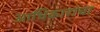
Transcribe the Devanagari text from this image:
आधिकारांचा